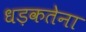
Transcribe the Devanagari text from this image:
धड़कतेना